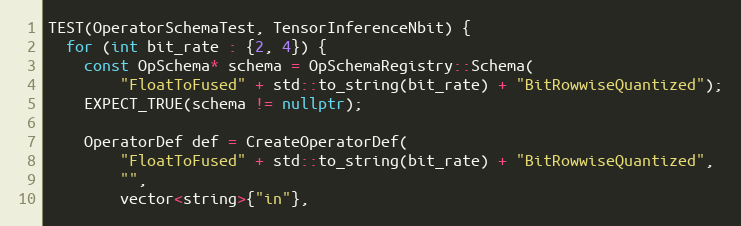
Language: C++
TEST(OperatorSchemaTest, TensorInferenceNbit) {
  for (int bit_rate : {2, 4}) {
    const OpSchema* schema = OpSchemaRegistry::Schema(
        "FloatToFused" + std::to_string(bit_rate) + "BitRowwiseQuantized");
    EXPECT_TRUE(schema != nullptr);

    OperatorDef def = CreateOperatorDef(
        "FloatToFused" + std::to_string(bit_rate) + "BitRowwiseQuantized",
        "",
        vector<string>{"in"},